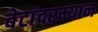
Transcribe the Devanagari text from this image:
बेटांदरम्यान